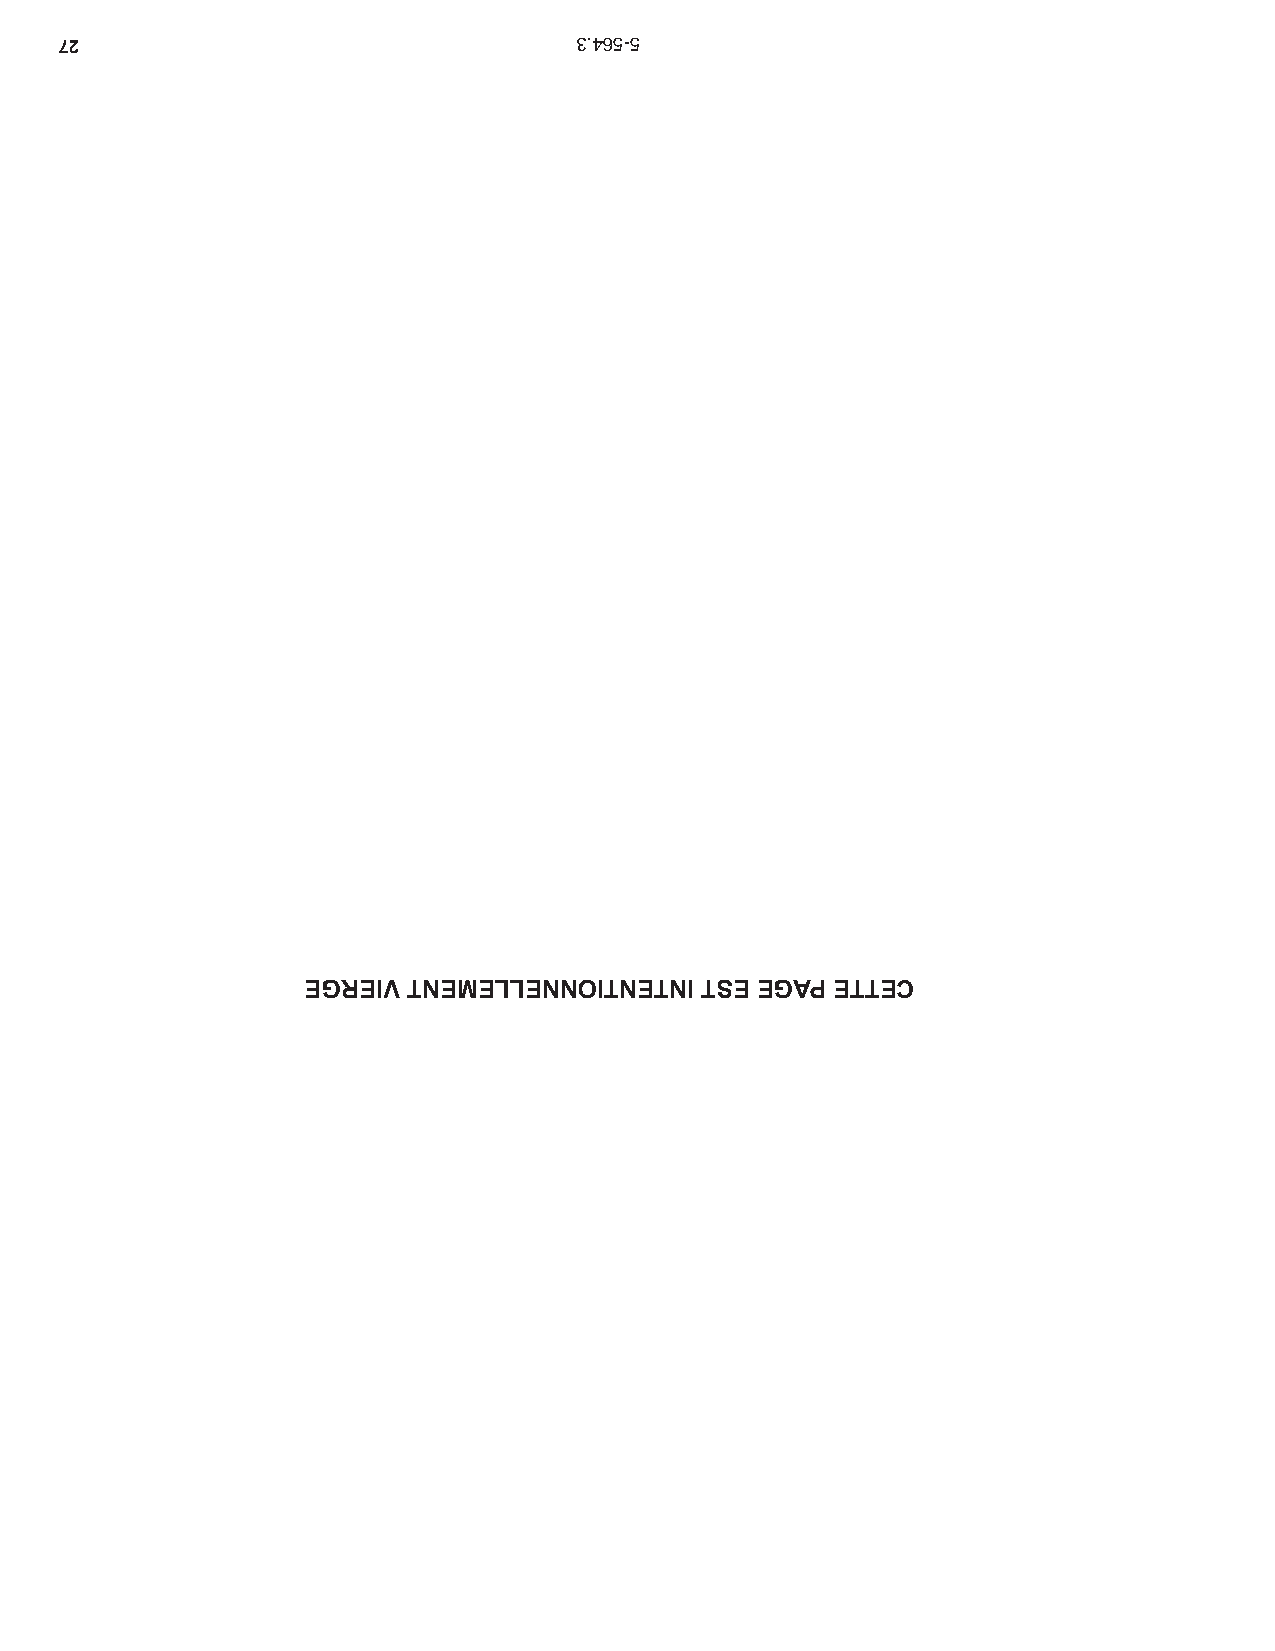
72                                3.465-5
 EGREIV TNEMELLENNOITNETNI TSE EGAP ETTEC